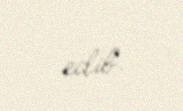
edib.